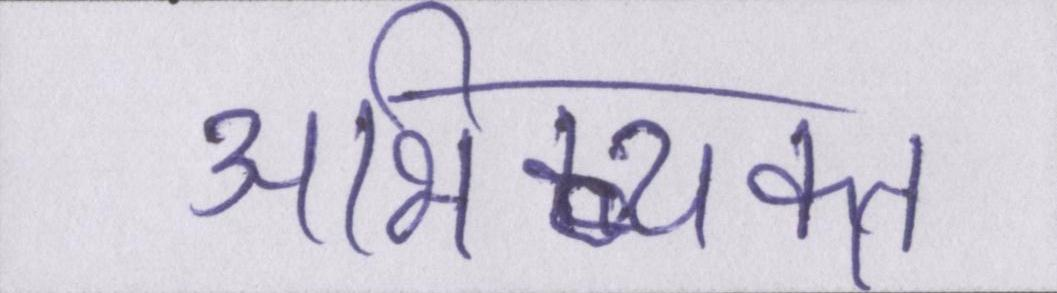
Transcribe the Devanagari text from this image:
अभिव्यक्त